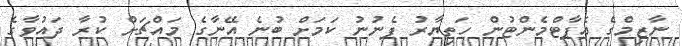
ނާޒިމްގެ އެޕާޓްމެންޓުން ހަތިޔާރު ފެނުނު ކަމަށް ބުނެ އޭނާގެ މައްޗަށް ކުރާ ދައުވާގެ